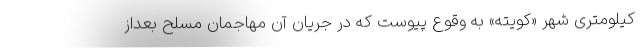
کیلومتری شهر «کویته» به وقوع پیوست که در جریان آن مهاجمان مسلح بعداز